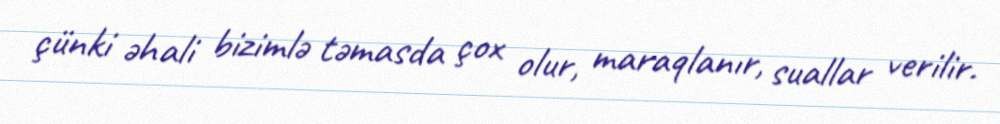
çünki əhali bizimlə təmasda çox olur, maraqlanır, suallar verilir.